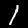
Digit: 1